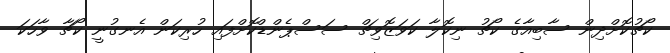
ކޯޗުކޮށްދިން ސާބިއާގެ ކޯޗު ނިކޮލާ ކަވަޒޮވިޗް ސަސްޕެންޑްކޮށްފައި ހުރިކަން އެނގުނީ ކޯޗާ ވާހަކަ